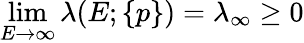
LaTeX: \operatorname*{lim}_{E\to\infty}\lambda(E;\{ p\} )=\lambda_{\infty}\ge 0